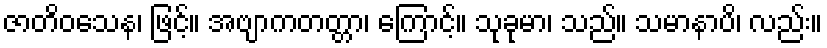
ဇာတိဝသေန၊ ဖြင့်။ အဗျာကတတ္တာ၊ ကြောင့်။ သုခုမာ၊ သည်။ သမာနာပိ၊ လည်း။